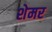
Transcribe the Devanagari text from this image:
शेमर